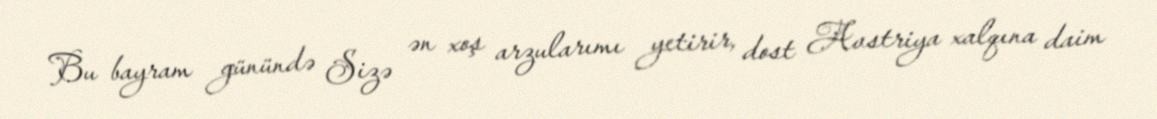
Bu bayram günündə Sizə ən xoş arzularımı yetirir, dost Avstriya xalqına daim